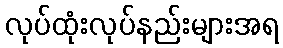
လုပ်ထုံးလုပ်နည်းများအရ